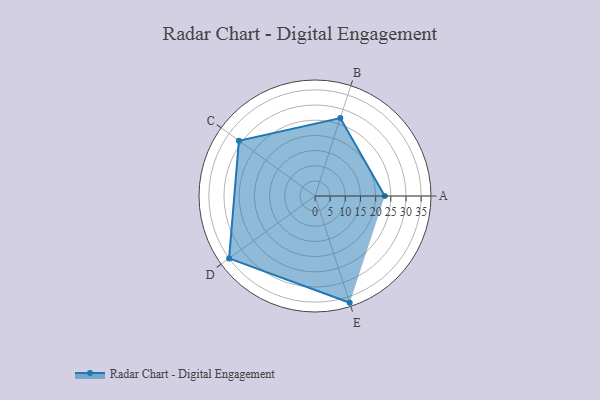
{"axis": {"x": "Skill", "y": "Score"}, "legend": ["Profile"], "data": [{"x": "A", "y": 23.0, "type": "Profile"}, {"x": "B", "y": 27.0, "type": "Profile"}, {"x": "C", "y": 31.0, "type": "Profile"}, {"x": "D", "y": 35.0, "type": "Profile"}, {"x": "E", "y": 37.0, "type": "Profile"}]}